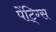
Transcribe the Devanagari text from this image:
पेंटि्ग्स